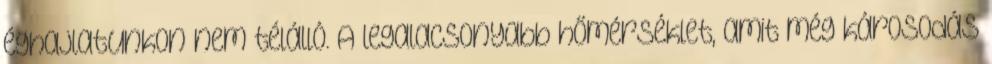
éghajlatunkon nem télálló. A legalacsonyabb hőmérséklet, amit még károsodás